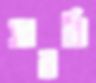
সারবি